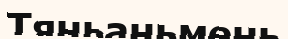
Тяньаньмень